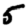
Digit: 5